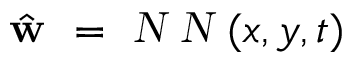
\hat { \textbf { w } } = \textsl { N N } ( x , y , t )